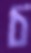
চ